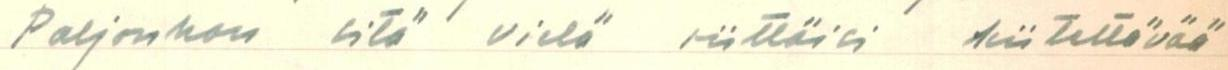
Paljonkon sitä vielä riittäisi kiitettävää